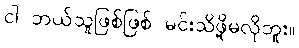
ငါ ဘယ်သူဖြစ်ဖြစ် မင်းသိဖို့မလိုဘူး။